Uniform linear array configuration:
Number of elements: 16
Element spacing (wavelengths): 1
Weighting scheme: binomial
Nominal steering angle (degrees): -45
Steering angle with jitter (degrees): -45.402
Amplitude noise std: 0.05
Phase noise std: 0.05

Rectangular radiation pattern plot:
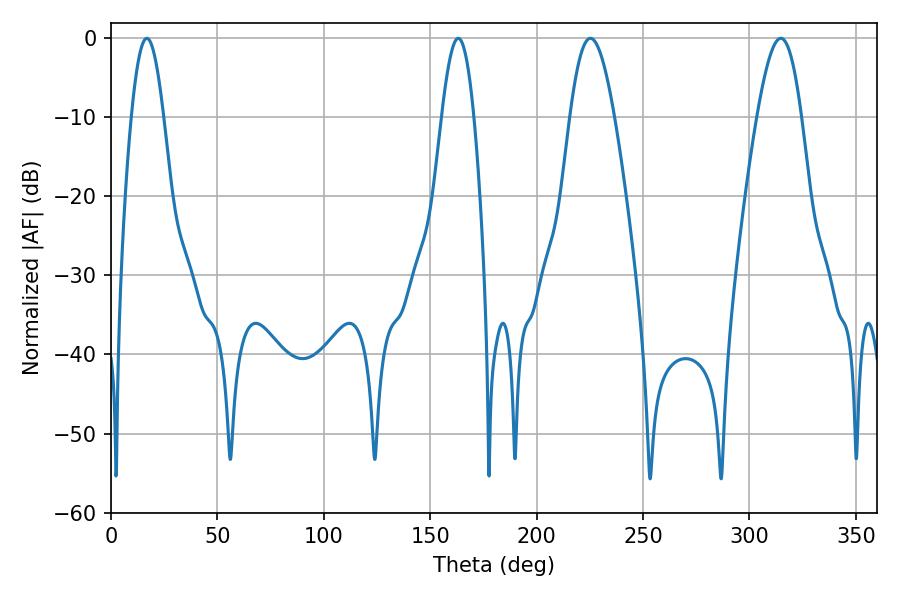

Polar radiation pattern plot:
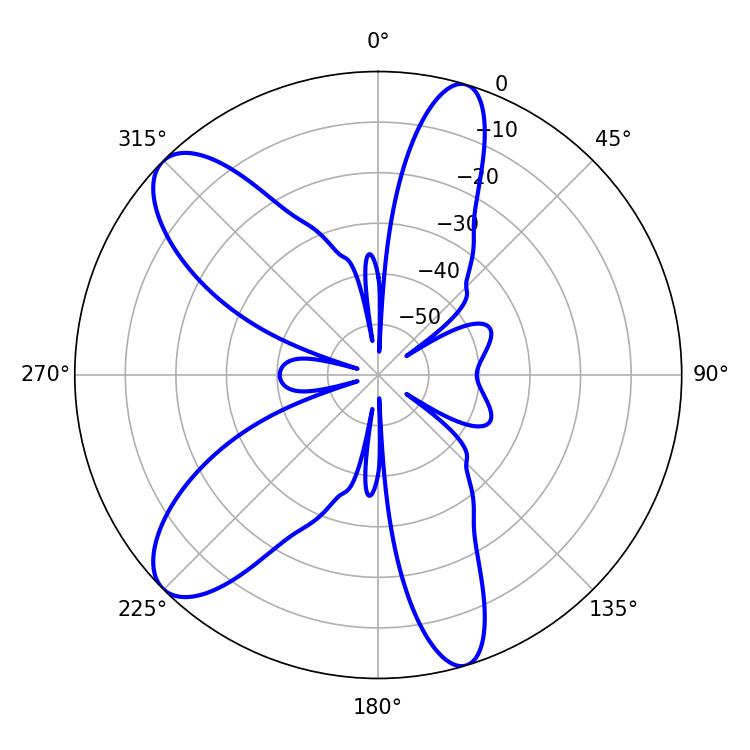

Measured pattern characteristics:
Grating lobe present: TRUE
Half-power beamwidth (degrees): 11.16
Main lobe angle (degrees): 225.36